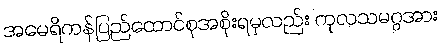
အမေရိကန်ပြည်ထောင်စုအစိုးရမှလည်း ကုလသမဂ္ဂအား